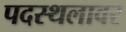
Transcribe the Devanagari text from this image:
पदस्थलावर